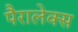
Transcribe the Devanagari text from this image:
पैरालेक्स